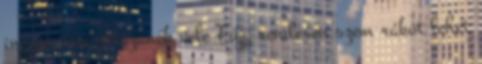
ingyen sem játszanék vele Fújjj rendesen szem rákot lehet